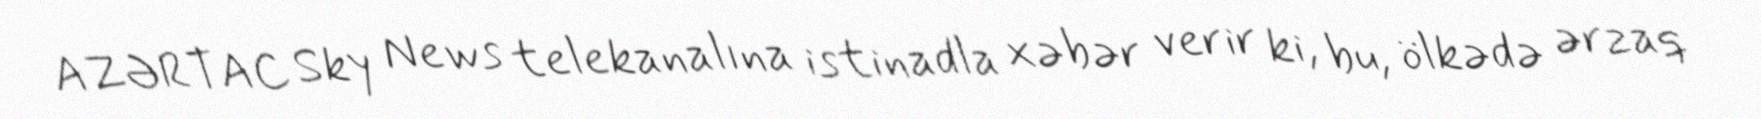
AZƏRTAC Sky News telekanalına istinadla xəbər verir ki, bu, ölkədə ərzaq